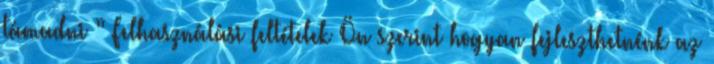
támadni ” Felhasználási feltételek Ön szerint hogyan fejleszthetnénk az